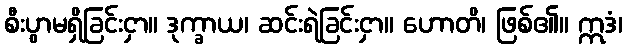
စီးပွာမရှိခြင်းငှာ။ ဒုက္ခာယ၊ ဆင်းရဲခြင်းငှာ။ ဟောတိ၊ ဖြစ်၏။ ဣဒံ၊